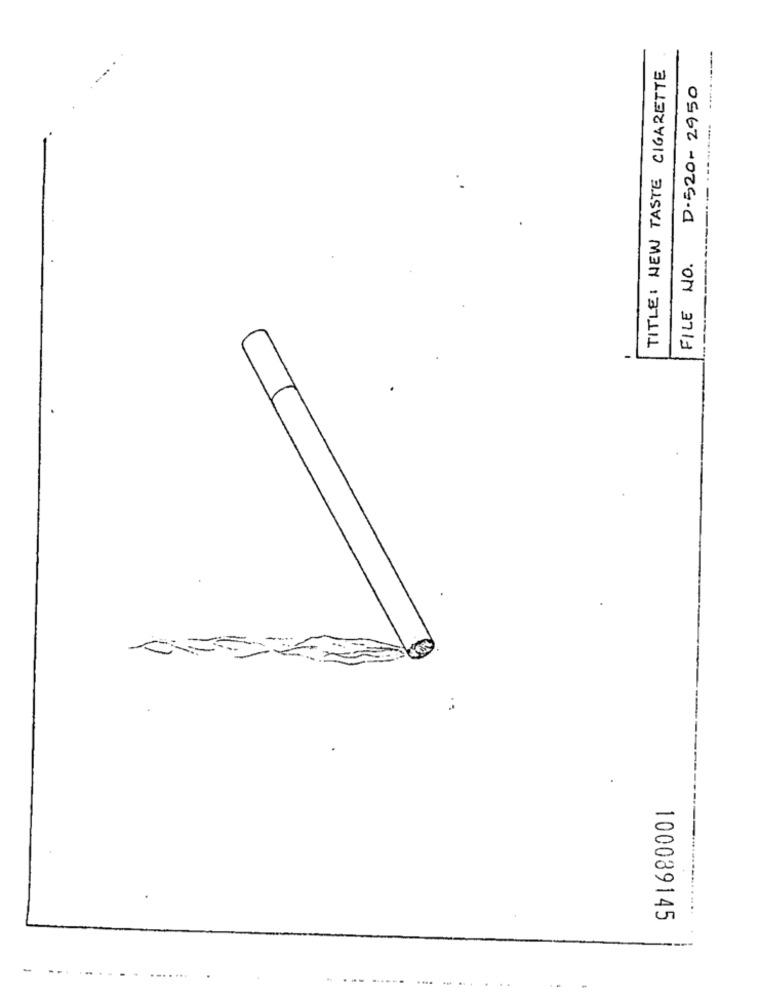
TITLE: NEW TASTE CIGARETTE
D-520-2950
--.........
-------- -
FILE NO.
100039145
....